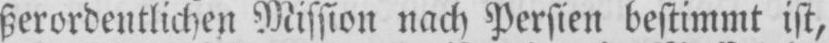
ßerordentlichen Mission nach Persien bestimmt ist,